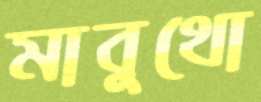
মাবুথো